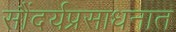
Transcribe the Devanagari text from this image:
सौंदर्यप्रसाधनात